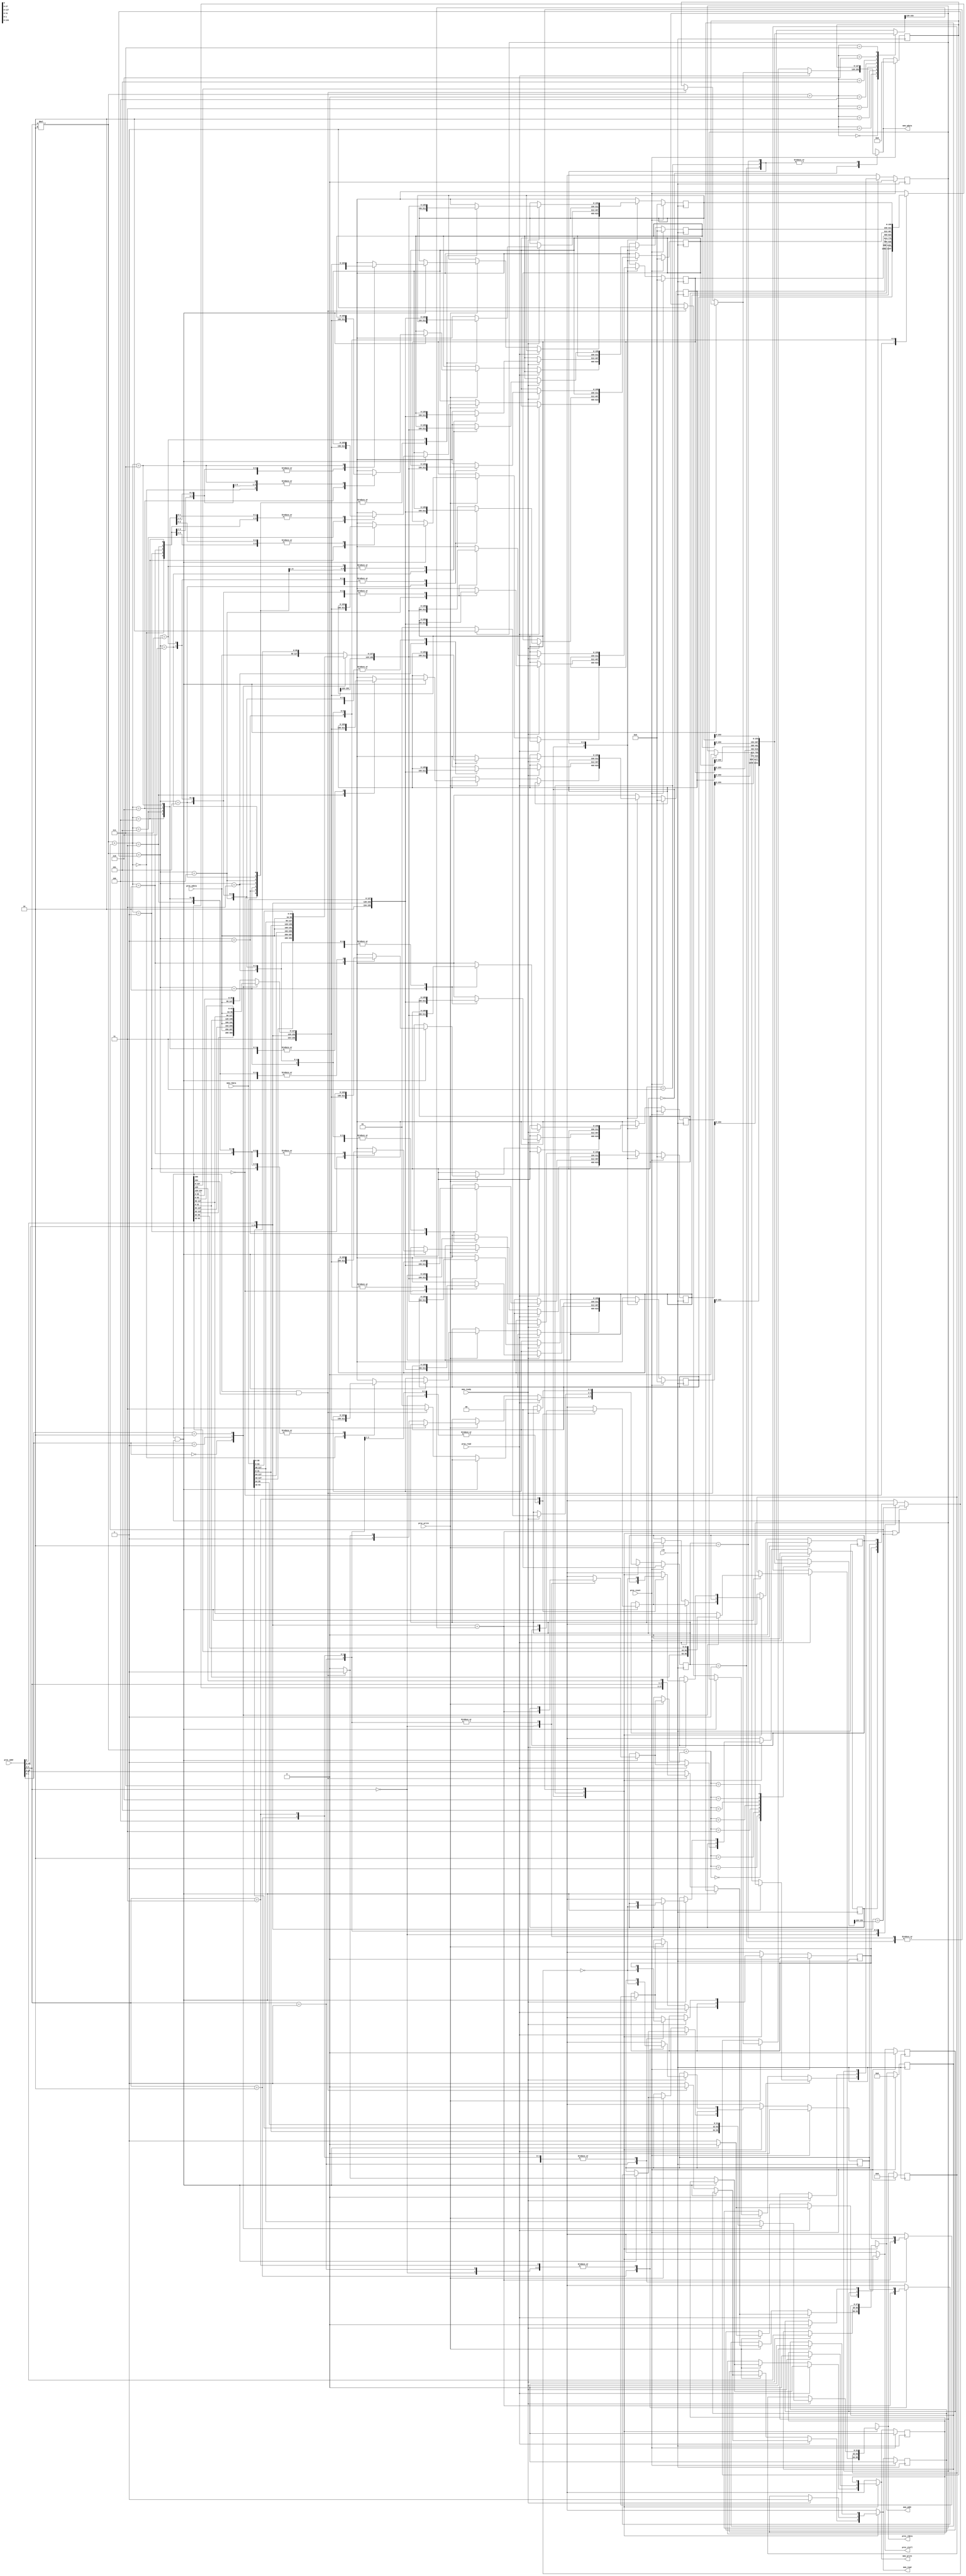
module cache(
    clk,
    proc_reset,
    proc_read,
    proc_write,
    proc_addr,
    proc_rdata,
    proc_wdata,
    proc_stall,
    mem_read,
    mem_write,
    mem_addr,
    mem_rdata,
    mem_wdata,
    mem_ready
);
    
//==== input/output definition ============================
    input          clk;
    // processor interface
    input          proc_reset;
    input          proc_read, proc_write;
    input   [29:0] proc_addr;
    input   [31:0] proc_wdata;
    output         proc_stall;
    output  [31:0] proc_rdata;
    // memory interface
    input  [127:0] mem_rdata;
    input          mem_ready;
    output         mem_read, mem_write;
    output  [27:0] mem_addr;
    output [127:0] mem_wdata;
    
//==== state/parameter/integer ============================
    reg [1:0] state_r, state_w;
    parameter S_IDLE = 2'b00;
    parameter S_READ = 2'b01;
    parameter S_WRITE = 2'b10;
    parameter S_WRITE_AND_READ = 2'b11;  // write mem then read mem

    integer i;
//==== wire/reg definition ================================
    reg [155:0] cache [0:3][0:1]; // cache[i]  155 : valid   154 : dirty   153-128 : tag   127-0 : data
    reg [155:0] cache_next [0:3][0:1];
    reg prev_index_not_used [0:3];    // for least recently used
    reg prev_index_not_used_next [0:3];
    reg [1:0] offset;     // 4 to 1              2bits
    reg [1:0] index;      // 8 blocks            2bits
    reg [25:0] tag, tag_0, tag_1;       // remain of address   26bits
    reg [155:0] block;
    reg proc_stall_r, proc_stall_w, mem_read_r, mem_read_w, mem_write_r, mem_write_w, dirty_write_r, dirty_write_w;
    reg [31:0] proc_rdata_r, proc_rdata_w, block_word, read_new_word;
    reg [127:0] mem_wdata_r, mem_wdata_w, write_new_data, new_write_data;
    reg [27:0]  mem_addr_r, mem_addr_w;
    reg hit, hit_0, hit_1, which_cache;
//==== combinational circuit ==============================
    assign proc_rdata = proc_rdata_w;
    assign proc_stall = proc_stall_w;
    assign mem_read = mem_read_w;
    assign mem_write = mem_write_w;
    assign mem_addr = mem_addr_w;
    assign mem_wdata = mem_wdata_w;

    always@(*) begin 
        for (i = 0; i < 4; i = i + 1) begin
            cache_next[i][0] = cache[i][0];
            cache_next[i][1] = cache[i][1];
            prev_index_not_used_next[i] = prev_index_not_used[i];
        end
        proc_stall_w = proc_stall_r;
        proc_rdata_w = proc_rdata_r;
        state_w = state_r;
        mem_read_w = mem_read_r;
        mem_write_w = mem_write_r;
        mem_addr_w = mem_addr_r;
        mem_wdata_w = mem_wdata_r;
        dirty_write_w = dirty_write_r;
        
        offset = proc_addr[1:0];
        index = proc_addr[4:3];
        tag = {proc_addr[29:5], proc_addr[2]};
        tag_0 = cache[index][0][153:128];
        tag_1 = cache[index][1][153:128];
        hit_0 = tag == tag_0; // consider as now not hit cache
        hit_1 = tag == tag_1; // consider as now hit cache
        hit = hit_0 | hit_1;
        which_cache = hit? hit_1 : prev_index_not_used[index];
        block = cache[index][which_cache];
        case (offset)
            2'b00: block_word = block[31:0];
            2'b01: block_word = block[63:32];
            2'b10: block_word = block[95:64];
            default: block_word = block[127:96]; // 2'b11
        endcase
        case (offset)
            2'b00: write_new_data = {block[127:32], proc_wdata};
            2'b01: write_new_data = {block[127:64], proc_wdata, block[31:0]};
            2'b10: write_new_data = {block[127:96], proc_wdata, block[63:0]};
            default: write_new_data = {proc_wdata, block[95:0]}; // 2'b11
        endcase
        case (offset)
            2'b00: read_new_word = mem_rdata[31:0];
            2'b01: read_new_word = mem_rdata[63:32];
            2'b10: read_new_word = mem_rdata[95:64];
            default: read_new_word = mem_rdata[127:96]; // 2'b11
        endcase
        case (offset)
            2'b00: new_write_data = {mem_rdata[127:32], proc_wdata};
            2'b01: new_write_data = {mem_rdata[127:64], proc_wdata, mem_rdata[31:0]};
            2'b10: new_write_data = {mem_rdata[127:96], proc_wdata, mem_rdata[63:0]};
            default: new_write_data = {proc_wdata, mem_rdata[95:0]}; // 2'b11
        endcase

        case (state_r)
            S_IDLE: begin 
                if (proc_read) begin
                    proc_stall_w = 1'b1;
                    if (block[155] && hit) begin  // valid & hit
                        proc_rdata_w = block_word;
                        proc_stall_w = 1'b0;
                        prev_index_not_used_next[index] = hit_0;
                    end else if (block[155] && block[154]) begin  // valid & miss & dirty
                        mem_read_w = 1'b0;
                        mem_write_w = 1'b1;
                        mem_addr_w = {block[153:129], index, block[128]};
                        mem_wdata_w = block[127:0];
                        dirty_write_w = 1'b0;
                        state_w = S_WRITE_AND_READ;
                    end else begin  // remain read
                        mem_read_w = 1'b1;
                        mem_write_w = 1'b0;
                        mem_addr_w = proc_addr[29:2];
                        state_w = S_READ;
                    end
                end else if (proc_write) begin
                    proc_stall_w = 1'b1;
                    if (block[155] && hit) begin  // valid & hit
                        cache_next[index][hit_1] = {2'b11, tag, write_new_data};
                        proc_stall_w = 1'b0;
                        prev_index_not_used_next[index] = hit_0;
                    end else if (block[155] && block[154]) begin  // valid & miss & dirty
                        mem_read_w = 1'b0;
                        mem_write_w = 1'b1;
                        mem_addr_w = {block[153:129], index, block[128]};
                        mem_wdata_w = block[127:0];
                        dirty_write_w = 1'b1;
                        state_w = S_WRITE_AND_READ;
                    end else begin  // remain write
                        mem_read_w = 1'b1;
                        mem_write_w = 1'b0;
                        mem_addr_w = proc_addr[29:2];
                        state_w = S_WRITE;
                    end
                end
            end
            S_READ: begin
                if (mem_ready) begin
                    mem_read_w = 1'b0;
                    proc_rdata_w = read_new_word;
                    cache_next[index][which_cache] = {2'b10, tag, mem_rdata};
                    proc_stall_w = 1'b0;
                    state_w = S_IDLE;
                    prev_index_not_used_next[index] = ~which_cache;
                end
            end
            S_WRITE_AND_READ: begin   // write mem then read mem
                if (mem_ready) begin
                    if (dirty_write_r) begin
                        mem_read_w = 1'b1;
                        mem_write_w = 1'b0;
                        mem_addr_w = proc_addr[29:2];
                        state_w = S_WRITE;
                        dirty_write_w = 1'b0;
                    end else begin
                        mem_read_w = 1'b1;
                        mem_write_w = 1'b0;
                        mem_addr_w = proc_addr[29:2];
                        state_w = S_READ;
                    end
                end
            end
            S_WRITE: begin
                if (mem_ready) begin
                    mem_read_w = 1'b0;
                    proc_rdata_w = read_new_word;
                    cache_next[index][which_cache] = {2'b11, tag, new_write_data};
                    proc_stall_w = 1'b0;
                    state_w = S_IDLE;
                    prev_index_not_used_next[index] = ~which_cache;
                end
            end
            default: begin
                state_w = S_IDLE;
                proc_stall_w = 1'b0;
            end
        endcase
    end
//==== sequential circuit =================================
    always@ (posedge clk) begin
        if(proc_reset) begin
            for (i = 0; i < 4; i = i + 1) begin
                cache[i][0] <= 156'b0;
                cache[i][1] <= 156'b0;
                prev_index_not_used[i] <= 1'b0;
            end
            proc_stall_r <= 1'b0;
            proc_rdata_r <= 32'b0;
            state_r <= S_IDLE;
            mem_read_r <= 1'b0;
            mem_write_r <= 1'b0;
            mem_addr_r <= 28'b0;
            mem_wdata_r <= 128'b0;
            dirty_write_r <= 1'b0;
        end
        else begin
            for (i = 0; i < 4; i = i + 1) begin
                cache[i][0] <= cache_next[i][0];
                cache[i][1] <= cache_next[i][1];
                prev_index_not_used[i] <= prev_index_not_used_next[i];
            end
            proc_stall_r <= proc_stall_w;
            proc_rdata_r <= proc_rdata_w;
            state_r <= state_w;
            mem_read_r <= mem_read_w;
            mem_write_r <= mem_write_w;
            mem_addr_r <= mem_addr_w;
            mem_wdata_r <= mem_wdata_w;
            dirty_write_r <= dirty_write_w;
        end
    end
endmodule